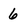
Character: 6